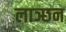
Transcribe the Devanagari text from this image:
लाञ्छन